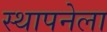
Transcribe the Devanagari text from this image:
स्‍थापनेला